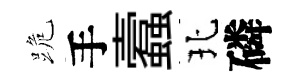
跪手蠧北磷